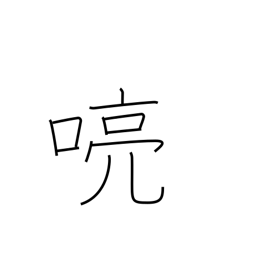
Meaning: clear voice